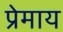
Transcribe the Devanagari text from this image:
प्रेमाय